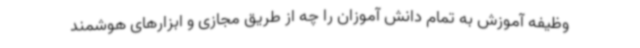
وظیفه آموزش به تمام دانش آموزان را چه از طریق مجازی و ابزارهای هوشمند